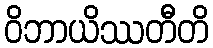
ဝိဘာယိဿတီတိ